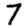
Digit: 7